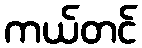
ကယ်တင်